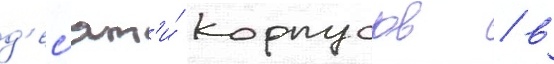
д'ес'ят'и́ корпусов / в